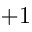
+ 1